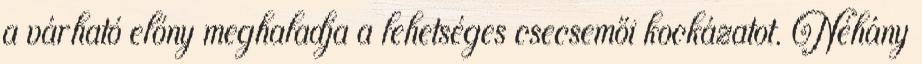
a várható előny meghaladja a lehetséges csecsemői kockázatot. Néhány